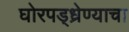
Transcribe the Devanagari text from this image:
घोरपड्ध्रेण्याचा